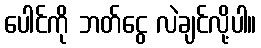
ပေါင်ကို ဘတ်ငွေ လဲချင်လို့ပါ။